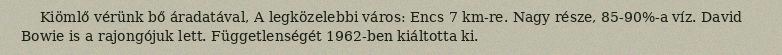
Kiömlő vérünk bő áradatával, A legközelebbi város: Encs 7 km-re. Nagy része, 85-90%-a víz. David Bowie is a rajongójuk lett. Függetlenségét 1962-ben kiáltotta ki.